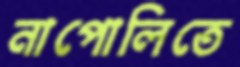
নাপোলিতে